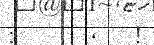
: